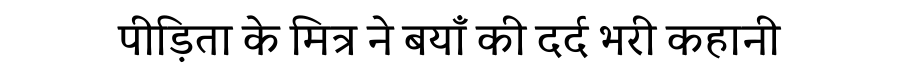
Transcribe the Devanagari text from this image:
पीड़िता के मित्र ने बयाँ की दर्द भरी कहानी